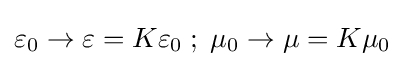
\varepsilon _{0}\to \varepsilon =K\varepsilon _{0}\;;\;\mu _{0}\to \mu =K\mu _{0}